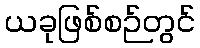
ယခုဖြစ်စဉ်တွင်